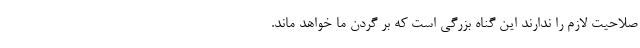
صلاحیت لازم را ندارند این گناه بزرگی است که بر گردن ما خواهد ماند.